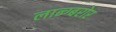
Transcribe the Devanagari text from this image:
लान्ग्बरोर